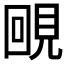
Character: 𧠲